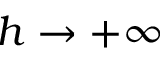
h \to + \infty